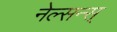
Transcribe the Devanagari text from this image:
नेल्सन्स्